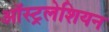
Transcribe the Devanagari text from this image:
ऑस्ट्रलेशियन